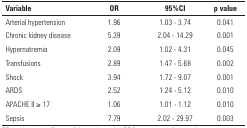
| Variable | OR | 95%CI | p value |
 | --- | --- | --- | --- |
 | Arterial hypertension | 1.96 | 1.03 - 3.74 | 0.041 |
 | Chronic kidney disease | 5.39 | 2.04 - 14.29 | 0.001 |
 | Hypernatremia | 2.09 | 1.02 - 4.31 | 0.045 |
 | Transfusions | 2.89 | 1.47 - 5.68 | 0.002 |
 | Shock | 3.94 | 1.72 - 9.07 | 0.001 |
 | ARDS | 2.52 | 1.24 - 5.12 | 0.010 |
 | APACHE II ≥ 17 | 1.06 | 1.01 - 1.12 | 0.010 |
 | Sepsis | 7.79 | 2.02 - 29.97 | 0.003 |